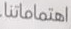
اهتماماتنا